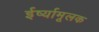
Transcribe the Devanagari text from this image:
ईर्ष्यामूलक